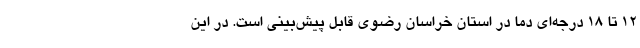
۱۲ تا ۱۸ درجه‌ای دما در استان خراسان رضوی قابل پیش‌بینی است. در این